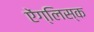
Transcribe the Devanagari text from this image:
ऐंग्लिस्क